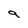
Character: 9